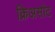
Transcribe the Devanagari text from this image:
क्रिअसोट